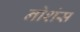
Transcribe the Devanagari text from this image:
नोशंस